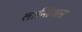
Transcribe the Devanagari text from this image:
लान्सिअस